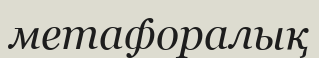
метафоралық